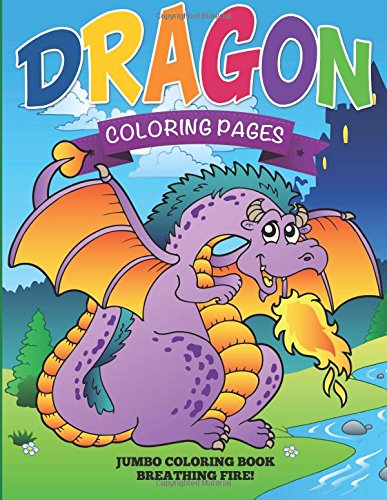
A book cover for Dragon Coloring Pages: Jumbo Coloring Book - Breathing Fire!; Speedy Publishing LLC; Children's Books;